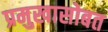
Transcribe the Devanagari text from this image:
प्रमुखासोबत